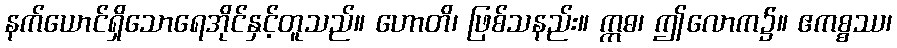
နက်ယောင်ရှိသောရေအိုင်နှင့်တူသည်။ ဟောတိ၊ ဖြစ်သနည်း။ ဣဓ၊ ဤလောက၌။ ဧကစ္စဿ၊